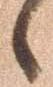
候